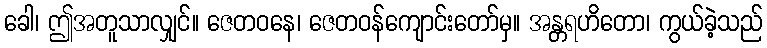
ခေါ၊ ဤအတူသာလျှင်။ ဇေတဝနေ၊ ဇေတဝန်ကျောင်းတော်မှ။ အန္တရဟိတော၊ ကွယ်ခဲ့သည်